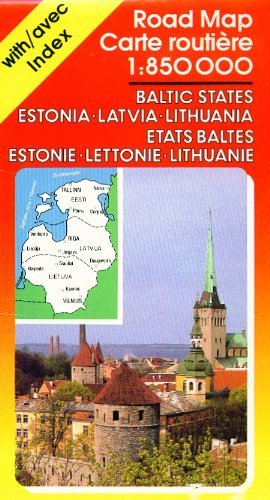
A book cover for Baltic States Road Map: Estonia, Latvia, Lithuania 1:850,000 (Ravenstein International Maps); RM; Travel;